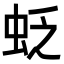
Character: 𧊉